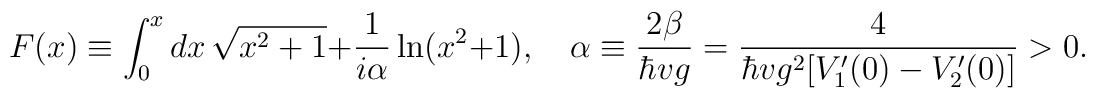
F(x)\equiv\int_0^xdx\,\sqrt{x^2+1}+{1\over i\alpha}\ln(x^2+1),   \quad\alpha\equiv{2\beta\over\hbar vg}   ={4\over\hbar vg^2[V_1'(0)-V_2'(0)]}>0.